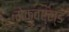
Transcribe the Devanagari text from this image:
मेकवर्ल्ड